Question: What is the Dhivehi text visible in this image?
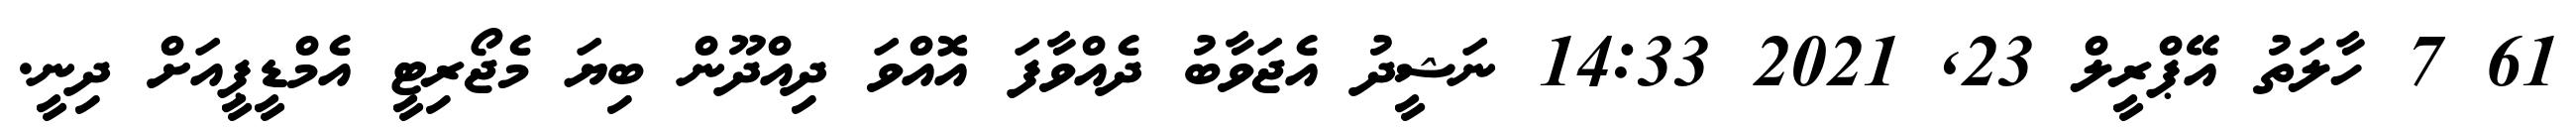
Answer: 61 7 ހާލަތު އޭޕްރީލް 23, 2021 14:33 ނަޝީދު އެޖަވާބު ދެއްވާފަ އޮއްވަ ދިއްދޫން ބިޔަ މެޖޯރިޓީ އެމްޑީޕީއަށް ދިނީ.